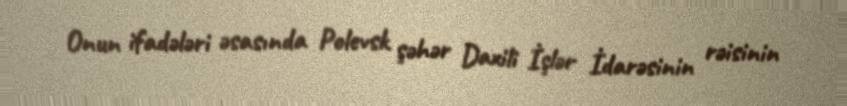
Onun ifadələri əsasında Polevsk şəhər Daxili İşlər İdarəsinin rəisinin